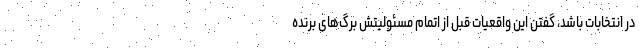
در انتخابات باشد، گفتن این واقعیات قبل از اتمام مسئولیتش برگ‌های برنده